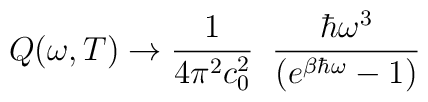
Q(\omega, T) \to \frac{1}{4 \pi^2 c_0^2} \; \; \frac{\hbar \omega^3}{(e^{\beta \hbar \omega} - 1)}